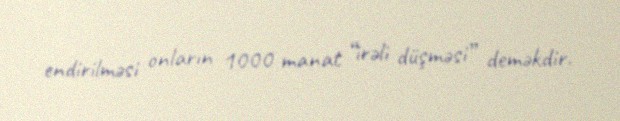
endirilməsi onların 1000 manat “irəli düşməsi” deməkdir.